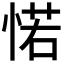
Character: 𢜪